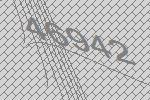
46942